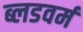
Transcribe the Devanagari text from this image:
ब्लडवर्म